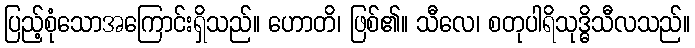
ပြည့်စုံသောအကြောင်းရှိသည်။ ဟောတိ၊ ဖြစ်၏။ သီလေ၊ စတုပါရိသုဒ္ဓိသီလသည်။